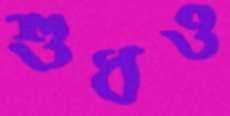
শুধও